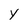
Character: Y